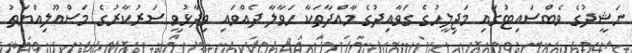
ނަޝީދުގެ ވެބްސައިޓުގައި މަޖިލީހުގެ ގަވާއިދުގެ މާއްދާތަކާ ހަވާލާ ދެއްވައި ވިދާޅުވީ ސަރުކާރުގެ މަސްއޫލިއްޔަތު